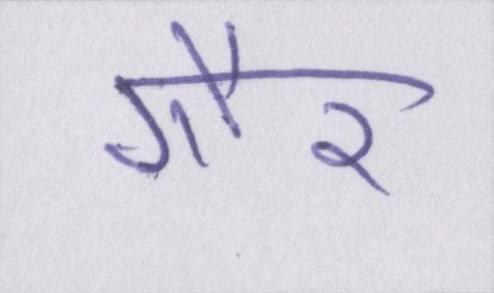
गौर